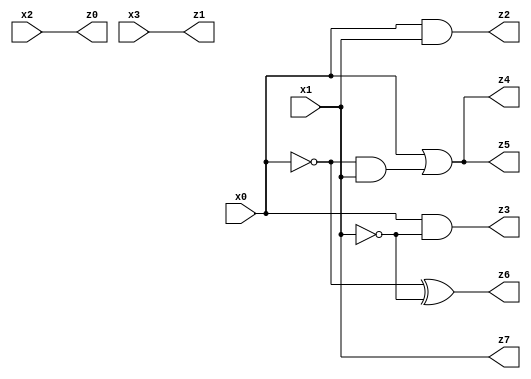
// Benchmark "X_4_64" written by ABC on Tue Jun 27 13:48:36 2023

module X_4_64 ( 
    x0, x1, x2, x3,
    z0, z1, z2, z3, z4, z5, z6, z7  );
  input  x0, x1, x2, x3;
  output z0, z1, z2, z3, z4, z5, z6, z7;
  assign z0 = x2;
  assign z1 = x3;
  assign z2 = x0 & x1;
  assign z3 = x0 & ~x1;
  assign z4 = x0 | (~x0 & x1);
  assign z5 = x0 | (~x0 & x1);
  assign z6 = ~x0 ^ ~x1;
  assign z7 = x1;
endmodule